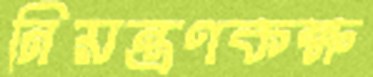
নিয়ন্ত্রণকক্ষ